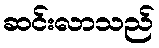
ဆင်းလာသည်